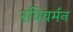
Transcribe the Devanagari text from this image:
रविवर्मन